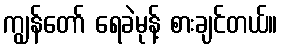
ကျွန်တော် ရေခဲမုန့် စားချင်တယ်။